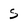
Character: s